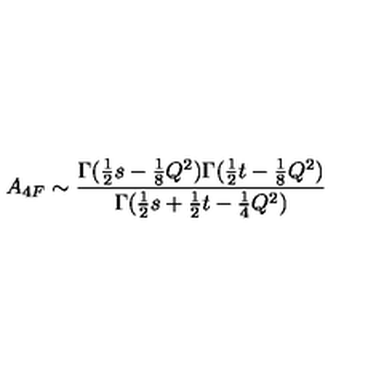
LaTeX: A _ { 4 F } \sim \frac { \Gamma ( \frac { 1 } { 2 } s - \frac { 1 } { 8 } Q ^ { 2 } ) \Gamma ( \frac { 1 } { 2 } t - \frac { 1 } { 8 } Q ^ { 2 } ) } { \Gamma ( \frac { 1 } { 2 } s + \frac { 1 } { 2 } t - \frac { 1 } { 4 } Q ^ { 2 } ) }